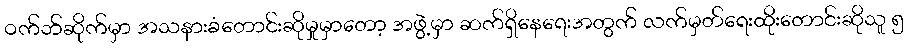
ဝက်ဘ်ဆိုက်မှာ အသနားခံတောင်းဆိုမှုမှာတော့ အဖွဲ့မှာ ဆက်ရှိနေရေးအတွက် လက်မှတ်ရေးထိုးတောင်းဆိုသူ ၅